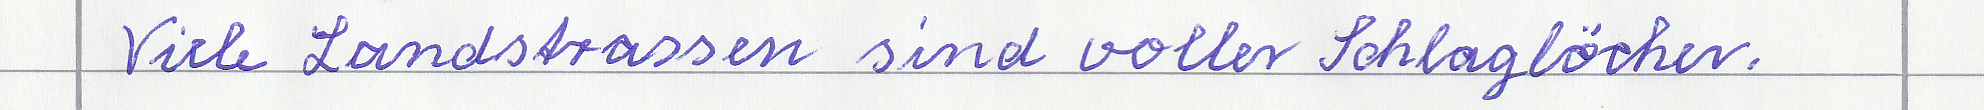
Viele Landstrassen sind voller Schlaglöcher.